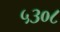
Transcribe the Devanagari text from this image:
५३०८